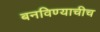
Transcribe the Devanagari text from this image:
बनविण्याचीच